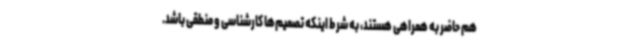
هم حاضر به همراهی هستند، به شرط اینکه تصمیم‌ها کارشناسی و منطقی باشد.